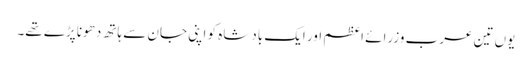
یوں تین عرب وزرائے اعظم اور ایک بادشاہ کو اپنی جان سے ہاتھ دھونا پڑے تھے۔